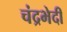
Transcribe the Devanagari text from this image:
चंद्रभेदी